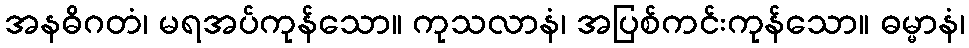
အနဓိဂတံ၊ မရအပ်ကုန်သော။ ကုသလာနံ၊ အပြစ်ကင်းကုန်သော။ ဓမ္မာနံ၊